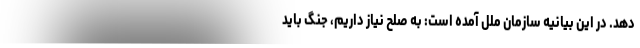
دهد. در این بیانیه سازمان ملل آمده است: به صلح نیاز داریم، جنگ باید